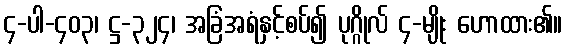
၄-ပါ-၄၀၃၊ ဋ္ဌ-၃၂၄၊ အခြံအရံနှင့်စပ်၍ ပုဂ္ဂိုလ် ၄-မျိုး ဟောထား၏။